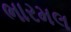
ભારમલ